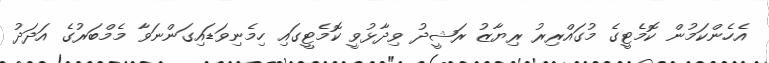
އެހެންކަމުން ކޮމެޓީގެ މުގައްރިރު ރިޔާޒު ރަޝީދު ވިދާޅުވީ ކޮމެޓީގައި ހިމެނިވަޑައިގަންނަވާ މެމްބަރުގެ އަދަދު